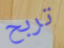
تربح